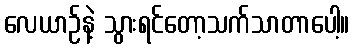
လေယာဉ်နဲ့ သွားရင်တော့သက်သာတာပေါ့။